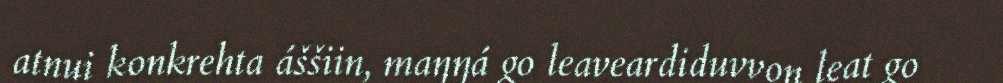
atnui konkrehta áššiin, maŋŋá go leaveardiduvvon leat go